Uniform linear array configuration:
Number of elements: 4
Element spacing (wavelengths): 1
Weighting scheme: blackman
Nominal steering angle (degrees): -60
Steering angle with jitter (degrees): -61.285
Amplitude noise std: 0.05
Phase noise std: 0.05

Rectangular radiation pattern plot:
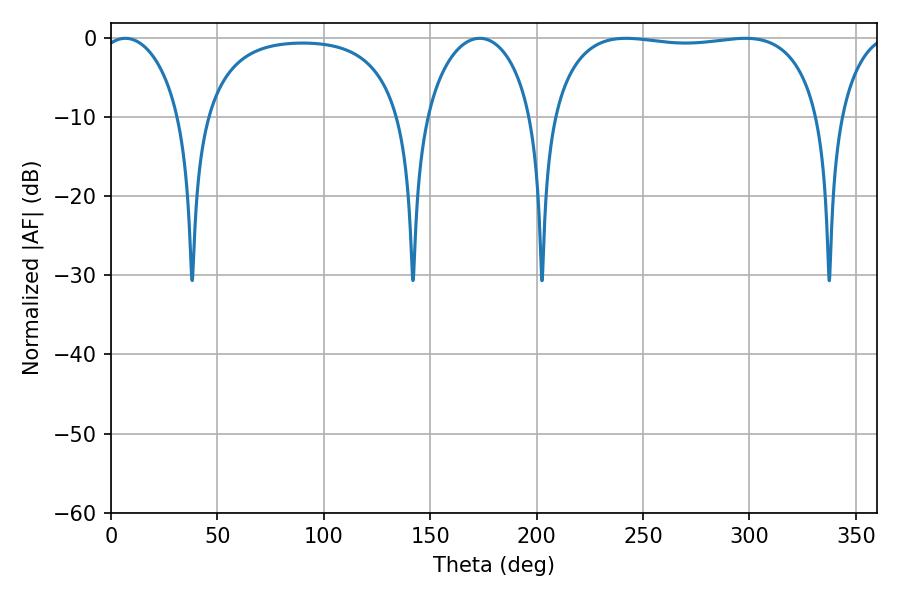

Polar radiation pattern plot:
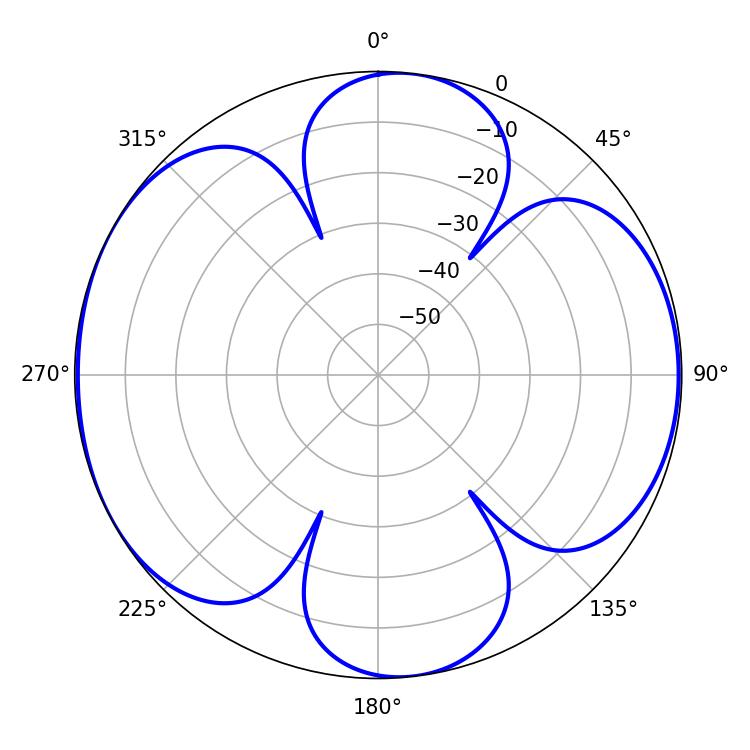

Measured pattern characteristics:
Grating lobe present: TRUE
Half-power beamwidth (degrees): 101.16
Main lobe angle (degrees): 241.92